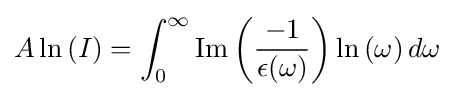
A\ln {(I)}=\int _{0}^{\infty }\mathrm {Im} \left({\frac {-1}{\epsilon (\omega )}}\right)\ln {(\omega )}\,d\omega